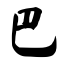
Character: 巴